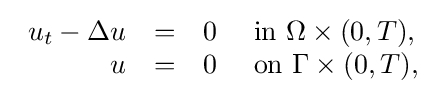
{\begin{array}{rcll}u_{t}-\Delta u&=&0&{\mbox{ in }}\Omega \times (0,T),\\u&=&0&{\mbox{ on }}\Gamma \times (0,T),\end{array}}